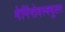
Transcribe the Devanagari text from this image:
मेनिंगोवस्क्युलर